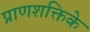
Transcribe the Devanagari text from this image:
प्राणशक्तिके